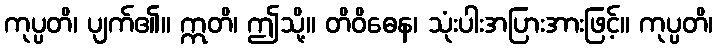
ကုပ္ပတိ၊ ပျက်၏။ ဣတိ၊ ဤသို့။ တိဝိဓေန၊ သုံးပါးအပြားအားဖြင့်။ ကုပ္ပတိ၊